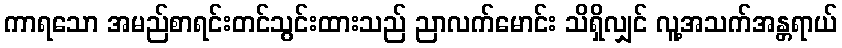
ကာရသော အမည်စာရင်းတင်သွင်းထားသည် ညာလက်မောင်း သိရှိလျှင် လူ့အသက်အန္တရာယ်